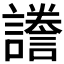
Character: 𧬸